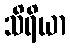
သိရိယာ